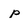
Character: p